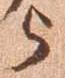
与